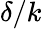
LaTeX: \delta/k